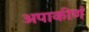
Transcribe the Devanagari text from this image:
अपाकीर्ण